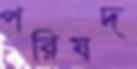
পরিষদ্‌